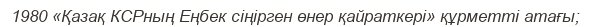
1980 «Қазақ КСРның Еңбек сіңірген өнер қайраткері» құрметті атағы;